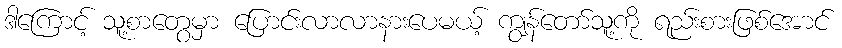
ဒါကြောင့် သူ့စာတွေမှာ ပြောင်းလာလာနားပေမယ့် ကျွန်တော်သူ့ကို ရည်းစားဖြစ်အောင်